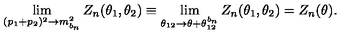
\lim _ { ( p _ { 1 } + p _ { 2 } ) ^ { 2 } \rightarrow m _ { b _ { n } } ^ { 2 } } Z _ { n } ( \theta _ { 1 } , \theta _ { 2 } ) \equiv \lim _ { \theta _ { 1 2 } \rightarrow \theta + \theta _ { 1 2 } ^ { b _ { n } } } Z _ { n } ( \theta _ { 1 } , \theta _ { 2 } ) = Z _ { n } ( \theta ) .